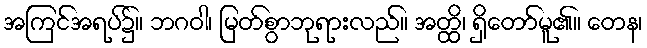
အကြင်အရပ်၌။ ဘဂဝါ၊ မြတ်စွာဘုရားလည်။ အတ္ထိ၊ ရှိတော်မူ၏။ တေန၊